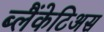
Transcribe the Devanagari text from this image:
ब्लैंकेटिअस